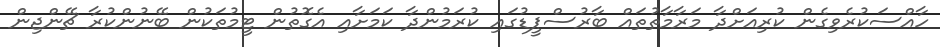
ހާއްސަކުރެވިގެން ކުރިއަށްދާ މަރާމާތުތައް ބާރުސްޕީޑުގައި ކުރަމުންދާ ކަމަށާއި އެގޮތުން ޓީމުތަކުން ބޭނުންކުރާ ޗޭންޖިން